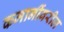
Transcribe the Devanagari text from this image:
कमानींवरील